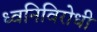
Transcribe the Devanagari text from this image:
ध्वनिविरोधी